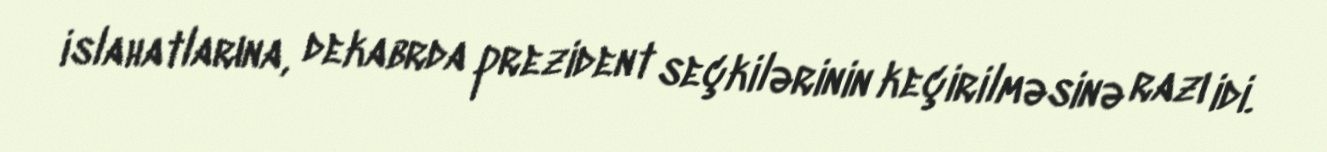
islahatlarına, dekabrda prezident seçkilərinin keçirilməsinə razı idi.